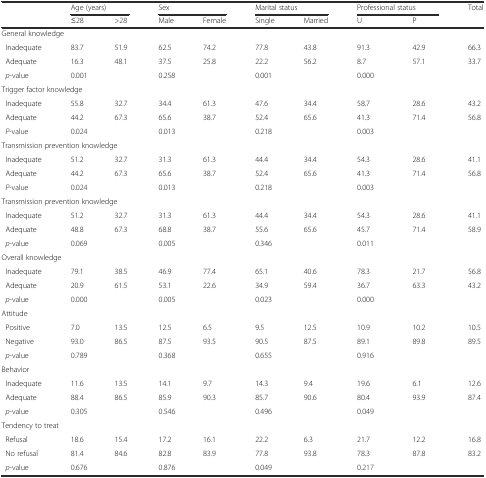
<table><thead><tr><td></td><td colspan="2"><b>Age (years)</b></td><td colspan="2"><b>Sex</b></td><td colspan="2"><b>Marital status</b></td><td colspan="2"><b>Professional status</b></td><td rowspan="2"><b>Total</b></td></tr><tr><td></td><td><b>≤28</b></td><td><b>&gt;28</b></td><td><b>Male</b></td><td><b>Female</b></td><td><b>Single</b></td><td><b>Married</b></td><td><b>U</b></td><td><b>P</b></td></tr></thead><tbody><tr><td colspan="10">General knowledge</td></tr><tr><td> Inadequate</td><td>83.7</td><td>51.9</td><td>62.5</td><td>74.2</td><td>77.8</td><td>43.8</td><td>91.3</td><td>42.9</td><td>66.3</td></tr><tr><td> Adequate</td><td>16.3</td><td>48.1</td><td>37.5</td><td>25.8</td><td>22.2</td><td>56.2</td><td>8.7</td><td>57.1</td><td>33.7</td></tr><tr><td><i> p</i>-value</td><td colspan="2">0.001</td><td colspan="2">0.258</td><td colspan="2">0.001</td><td colspan="3">0.000</td></tr><tr><td colspan="10">Trigger factor knowledge</td></tr><tr><td> Inadequate</td><td>55.8</td><td>32.7</td><td>34.4</td><td>61.3</td><td>47.6</td><td>34.4</td><td>58.7</td><td>28.6</td><td>43.2</td></tr><tr><td> Adequate</td><td>44.2</td><td>67.3</td><td>65.6</td><td>38.7</td><td>52.4</td><td>65.6</td><td>41.3</td><td>71.4</td><td>56.8</td></tr><tr><td><i> P</i>-value</td><td colspan="2">0.024</td><td colspan="2">0.013</td><td colspan="2">0.218</td><td colspan="3">0.003</td></tr><tr><td colspan="10">Transmission prevention knowledge</td></tr><tr><td> Inadequate</td><td>51.2</td><td>32.7</td><td>31.3</td><td>61.3</td><td>44.4</td><td>34.4</td><td>54.3</td><td>28.6</td><td>41.1</td></tr><tr><td> Adequate</td><td>44.2</td><td>67.3</td><td>65.6</td><td>38.7</td><td>52.4</td><td>65.6</td><td>41.3</td><td>71.4</td><td>56.8</td></tr><tr><td><i> P</i>-value</td><td colspan="2">0.024</td><td colspan="2">0.013</td><td colspan="2">0.218</td><td colspan="3">0.003</td></tr><tr><td colspan="10">Transmission prevention knowledge</td></tr><tr><td> Inadequate</td><td>51.2</td><td>32.7</td><td>31.3</td><td>61.3</td><td>44.4</td><td>34.4</td><td>54.3</td><td>28.6</td><td>41.1</td></tr><tr><td> Adequate</td><td>48.8</td><td>67.3</td><td>68.8</td><td>38.7</td><td>55.6</td><td>65.6</td><td>45.7</td><td>71.4</td><td>58.9</td></tr><tr><td><i> p</i>-value</td><td colspan="2">0.069</td><td colspan="2">0.005</td><td colspan="2">0.346</td><td colspan="3">0.011</td></tr><tr><td colspan="10">Overall knowledge</td></tr><tr><td> Inadequate</td><td>79.1</td><td>38.5</td><td>46.9</td><td>77.4</td><td>65.1</td><td>40.6</td><td>78.3</td><td>21.7</td><td>56.8</td></tr><tr><td> Adequate</td><td>20.9</td><td>61.5</td><td>53.1</td><td>22.6</td><td>34.9</td><td>59.4</td><td>36.7</td><td>63.3</td><td>43.2</td></tr><tr><td><i> p</i>-value</td><td colspan="2">0.000</td><td colspan="2">0.005</td><td colspan="2">0.023</td><td colspan="3">0.000</td></tr><tr><td colspan="10">Attitude</td></tr><tr><td> Positive</td><td>7.0</td><td>13.5</td><td>12.5</td><td>6.5</td><td>9.5</td><td>12.5</td><td>10.9</td><td>10.2</td><td>10.5</td></tr><tr><td> Negative</td><td>93.0</td><td>86.5</td><td>87.5</td><td>93.5</td><td>90.5</td><td>87.5</td><td>89.1</td><td>89.8</td><td>89.5</td></tr><tr><td><i> p</i>-value</td><td colspan="2">0.789</td><td colspan="2">0.368</td><td colspan="2">0.655</td><td colspan="3">0.916</td></tr><tr><td colspan="10">Behavior</td></tr><tr><td> Inadequate</td><td>11.6</td><td>13.5</td><td>14.1</td><td>9.7</td><td>14.3</td><td>9.4</td><td>19.6</td><td>6.1</td><td>12.6</td></tr><tr><td> Adequate</td><td>88.4</td><td>86.5</td><td>85.9</td><td>90.3</td><td>85.7</td><td>90.6</td><td>80.4</td><td>93.9</td><td>87.4</td></tr><tr><td><i> p</i>-value</td><td colspan="2">0.305</td><td colspan="2">0.546</td><td colspan="2">0.496</td><td colspan="3">0.049</td></tr><tr><td colspan="10">Tendency to treat</td></tr><tr><td> Refusal</td><td>18.6</td><td>15.4</td><td>17.2</td><td>16.1</td><td>22.2</td><td>6.3</td><td>21.7</td><td>12.2</td><td>16.8</td></tr><tr><td> No refusal</td><td>81.4</td><td>84.6</td><td>82.8</td><td>83.9</td><td>77.8</td><td>93.8</td><td>78.3</td><td>87.8</td><td>83.2</td></tr><tr><td><i> p</i>-value</td><td colspan="2">0.676</td><td colspan="2">0.876</td><td colspan="2">0.049</td><td colspan="3">0.217</td></tr></tbody></table>